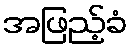
အဖြည့်ခံ